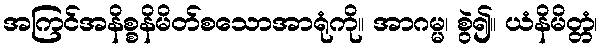
အကြင်အနိစ္စနိမိတ်စသောအာရုံကို။ အာဂမ္မ၊ စွဲ၍။ ယံနိမိတ္တံ၊